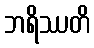
ဘရိဿတိ